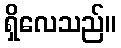
ရှိလေသည်။